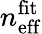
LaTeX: n_{\mathrm{eff}}^{\mathrm{fit}}